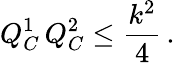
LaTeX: Q_{C}^{1}\, Q_{C}^{2}\leq{\frac{k^{2}}{4}}\, .